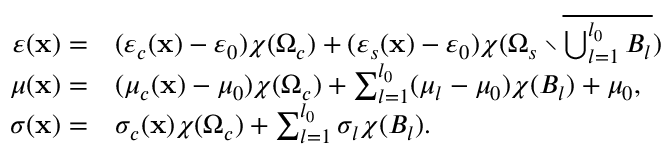
\begin{array} { r l } { \varepsilon ( \mathbf { x } ) = } & { { } ( \varepsilon _ { c } ( \mathbf { x } ) - \varepsilon _ { 0 } ) \chi ( \Omega _ { c } ) + ( \varepsilon _ { s } ( \mathbf { x } ) - \varepsilon _ { 0 } ) \chi ( \Omega _ { s } \setminus \overline { { \bigcup _ { l = 1 } ^ { l _ { 0 } } B _ { l } } } ) } \\ { \quad \mu ( \mathbf { x } ) = } & { { } ( \mu _ { c } ( \mathbf { x } ) - \mu _ { 0 } ) \chi ( \Omega _ { c } ) + \sum _ { l = 1 } ^ { l _ { 0 } } ( \mu _ { l } - \mu _ { 0 } ) \chi ( B _ { l } ) + \mu _ { 0 } , } \\ { \sigma ( \mathbf { x } ) = } & { { } \sigma _ { c } ( \mathbf { x } ) \chi ( \Omega _ { c } ) + \sum _ { l = 1 } ^ { l _ { 0 } } \sigma _ { l } \chi ( B _ { l } ) . } \end{array}